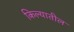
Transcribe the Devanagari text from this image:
किल्यातील